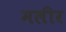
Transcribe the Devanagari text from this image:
मलीर